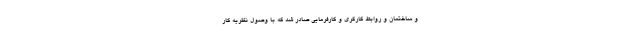
و ساختمان و روابط کارگری و کارفرمایی صادر شد که با وصول نظریه کار